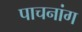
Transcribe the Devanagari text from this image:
पाचनांग